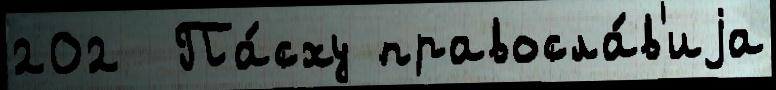
202  Па́сху правосла́в'иjа